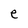
Character: e